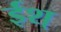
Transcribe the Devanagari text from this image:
ईश्